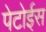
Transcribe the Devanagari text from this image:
पेटोईस